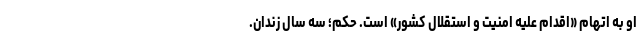
او به اتهام «اقدام علیه امنیت و استقلال کشور» است. حکم؛ سه سال زندان.